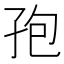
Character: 孢